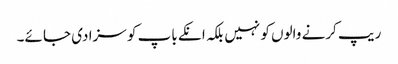
ریپ کرنے والوں کو نہیں بلکہ انکے باپ کو سزا دی جا ئے۔